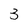
Character: 3